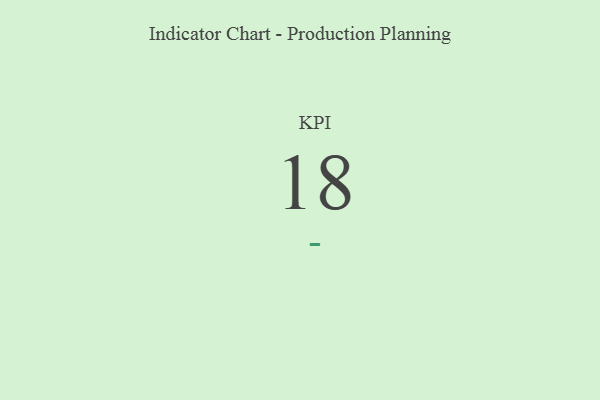
{"axis": {"x": "KPI", "y": "Value"}, "legend": [""], "data": [{"x": "KPI", "y": 18, "type": ""}]}